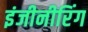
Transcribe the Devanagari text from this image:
इंजीनीरिंग